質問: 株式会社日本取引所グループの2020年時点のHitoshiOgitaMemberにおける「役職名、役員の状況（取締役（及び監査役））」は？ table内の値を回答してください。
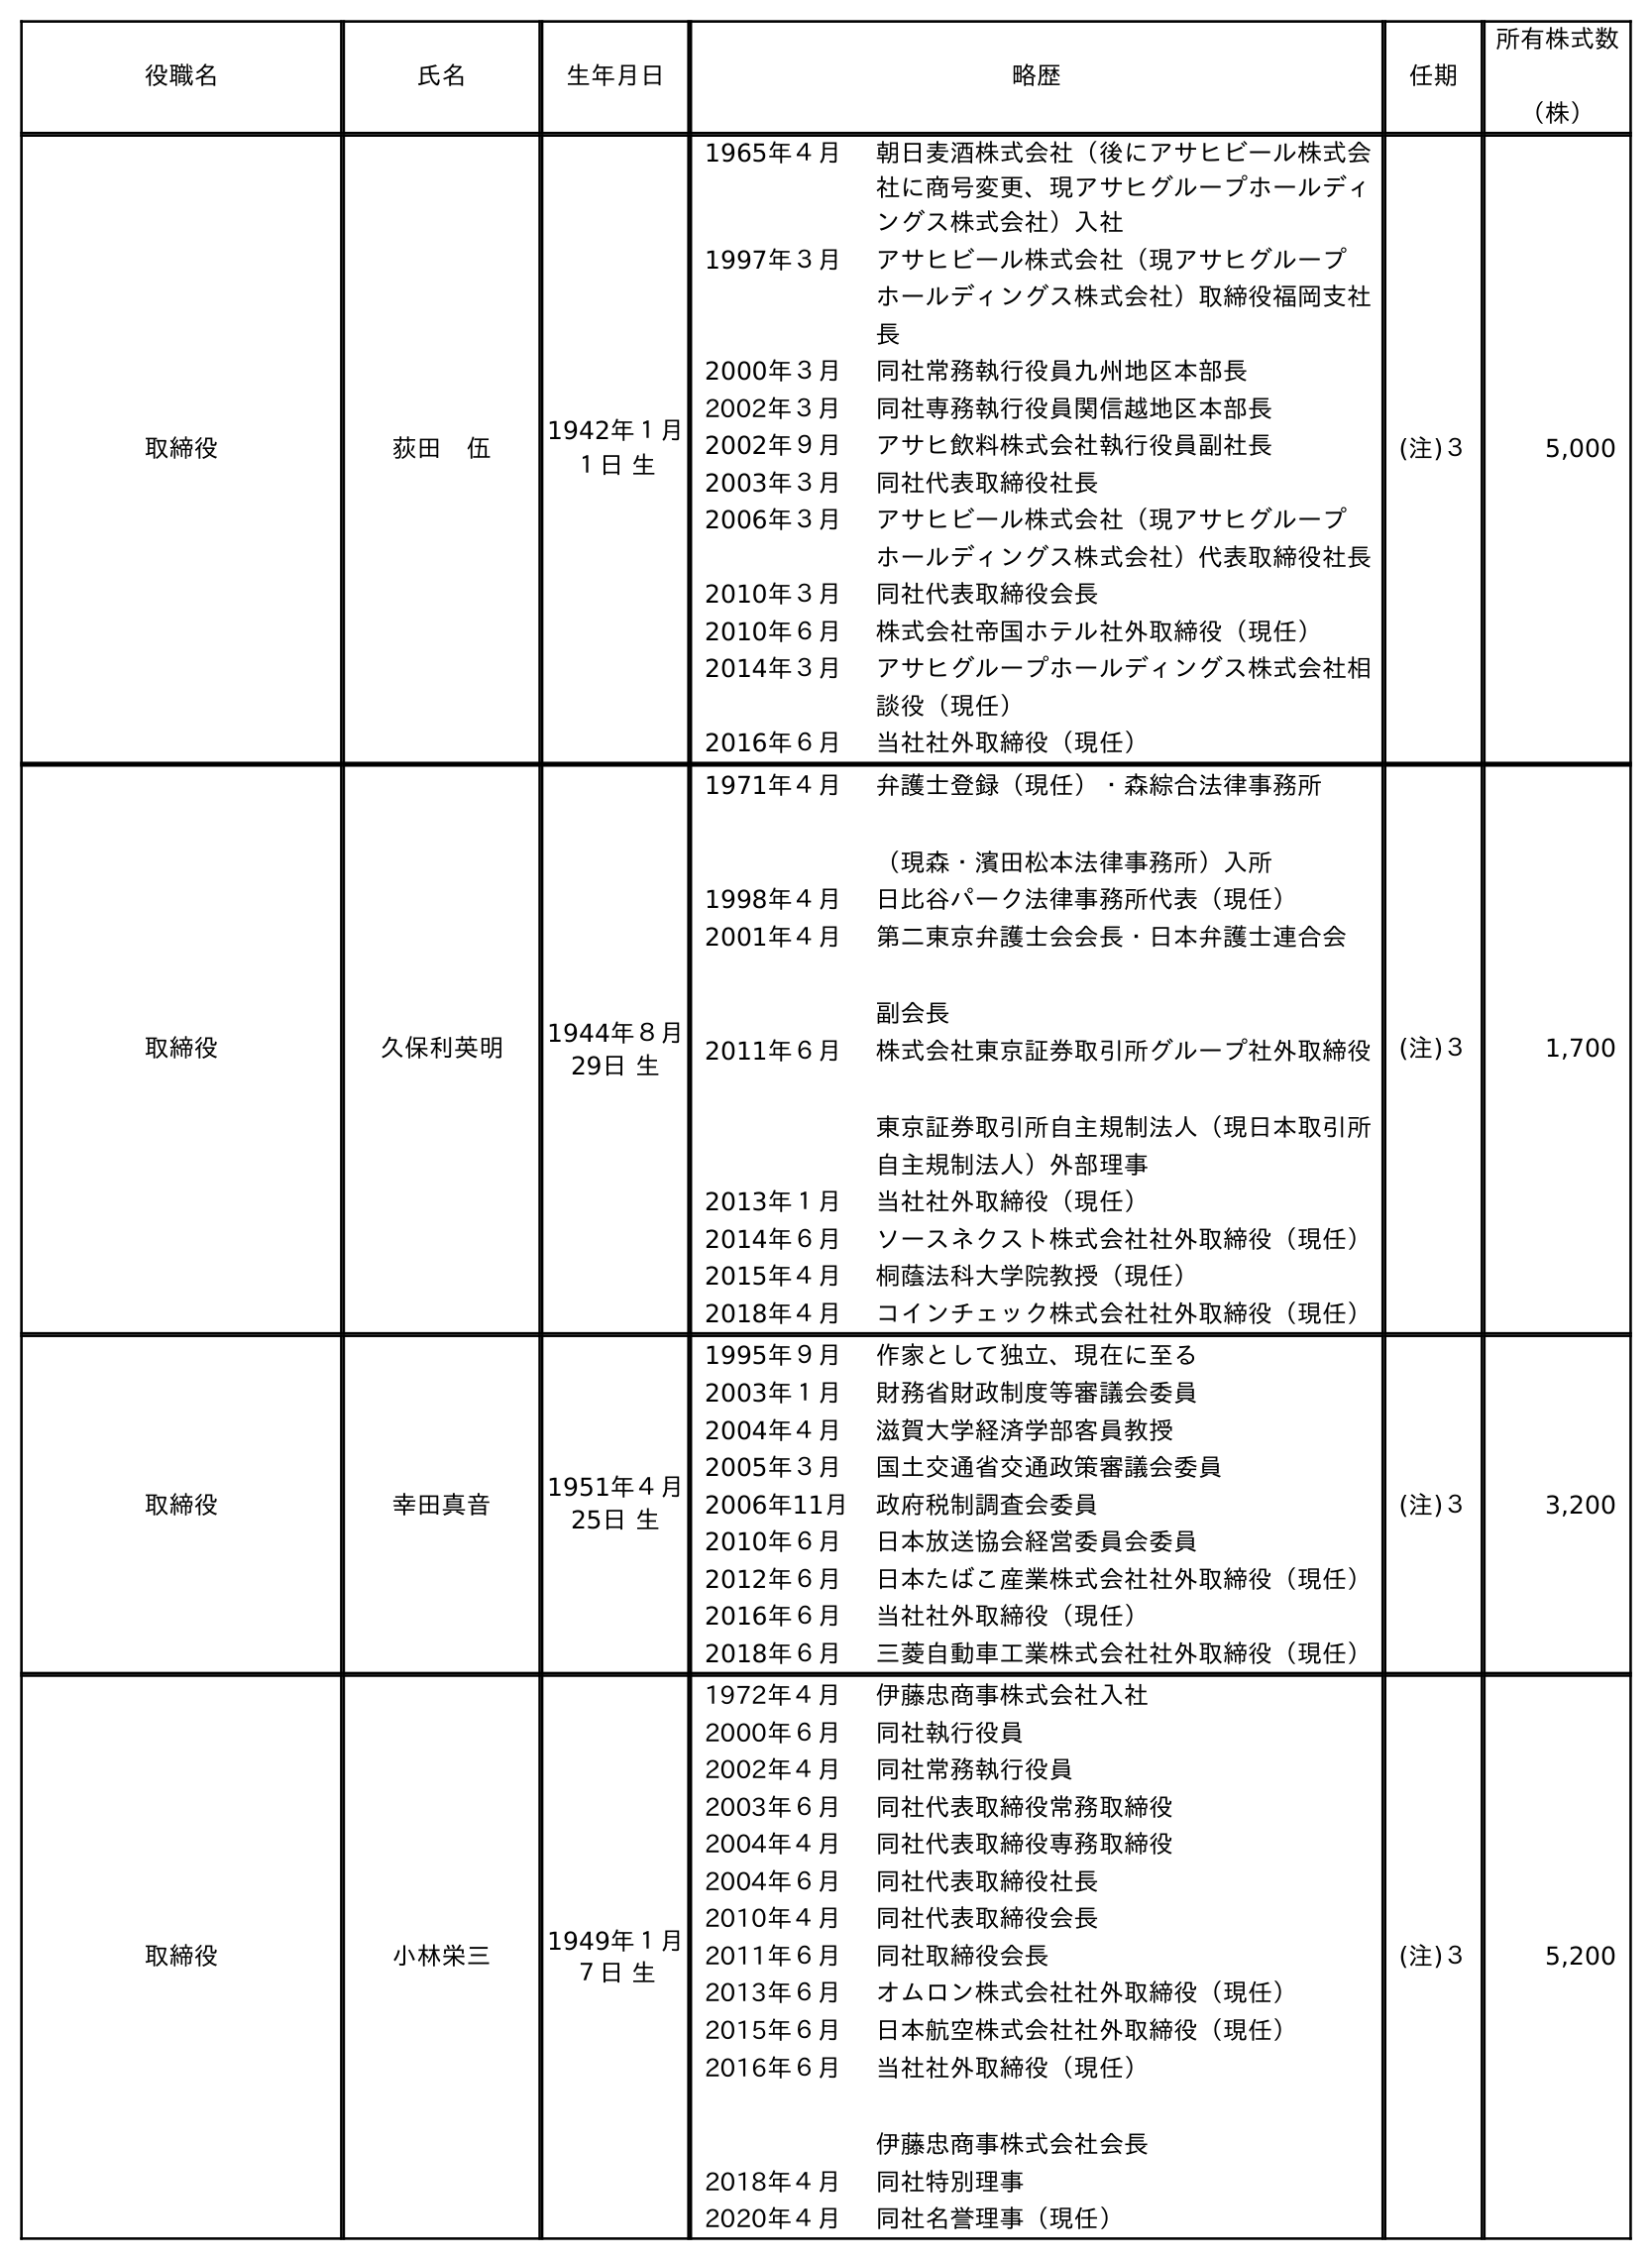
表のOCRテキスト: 役職名 氏名 生年月日 略歴 任期 所有株式数 （株） 取締役 荻田 伍 1942年１月 １日 生 1965年４月 朝日麦酒株式会社（後にアサヒビール株式会 社に商号変更、現アサヒグループホールディ ングス株式会社）入社 1997年３月 アサヒビール株式会社（現アサヒグループ ホールディングス株式会社）取締役福岡支社 長 2000年３月 同社常務執行役員九州地区本部長 2002年３月 同社専務執行役員関信越地区本部長 2002年９月 アサヒ飲料株式会社執行役員副社長 2003年３月 同社代表取締役社長 2006年３月 アサヒビール株式会社（現アサヒグループ ホールディングス株式会社）代表取締役社長 2010年３月 同社代表取締役会長 2010年６月 株式会社帝国ホテル社外取締役（現任） 2014年３月 アサヒグループホールディングス株式会社相 談役（現任） 2016年６月 当社社外取締役（現任） (注)３ 5,000 取締役 久保利英明 1944年８月 29日 生 1971年４月 弁護士登録（現任）・森綜合法律事務所 （現森・濱田松本法律事務所）入所 1998年４月 日比谷パーク法律事務所代表（現任） 2001年４月 第二東京弁護士会会長・日本弁護士連合会 副会長 2011年６月 株式会社東京証券取引所グループ社外取締役 東京証券取引所自主規制法人（現日本取引所 自主規制法人）外部理事 2013年１月 当社社外取締役（現任） 2014年６月 ソースネクスト株式会社社外取締役（現任） 2015年４月 桐蔭法科大学院教授（現任） 2018年４月 コインチェック株式会社社外取締役（現任） (注)３ 1,700 取締役 幸田真音 1951年４月 25日 生 1995年９月 作家として独立、現在に至る 2003年１月 財務省財政制度等審議会委員 2004年４月 滋賀大学経済学部客員教授 2005年３月 国土交通省交通政策審議会委員 2006年11月 政府税制調査会委員 2010年６月 日本放送協会経営委員会委員 2012年６月 日本たばこ産業株式会社社外取締役（現任） 2016年６月 当社社外取締役（現任） 2018年６月 三菱自動車工業株式会社社外取締役（現任） (注)３ 3,200 取締役 小林栄三 1949年１月 ７日 生 1972年４月 伊藤忠商事株式会社入社 2000年６月 同社執行役員 2002年４月 同社常務執行役員 2003年６月 同社代表取締役常務取締役 2004年４月 同社代表取締役専務取締役 2004年６月 同社代表取締役社長 2010年４月 同社代表取締役会長 2011年６月 同社取締役会長 2013年６月 オムロン株式会社社外取締役（現任） 2015年６月 日本航空株式会社社外取締役（現任） 2016年６月 当社社外取締役（現任） 伊藤忠商事株式会社会長 2018年４月 同社特別理事 2020年４月 同社名誉理事（現任） (注)３ 5,200
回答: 取締役